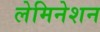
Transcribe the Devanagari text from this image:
लेमिनेशन